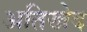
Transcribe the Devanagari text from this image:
अतिखेद